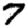
Digit: 7